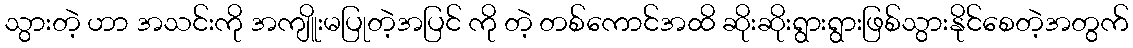
သွားတဲ့ ဟာ အသင်းကို အကျိူးမပြုတဲ့အပြင် ကို တဲ့ တစ်ကောင်အထိ ဆိုးဆိုးရွားရွားဖြစ်သွားနိုင်စေတဲ့အတွက်